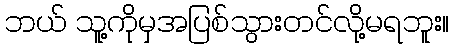
ဘယ် သူ့ကိုမှအပြစ်သွားတင်လို့မရဘူး။